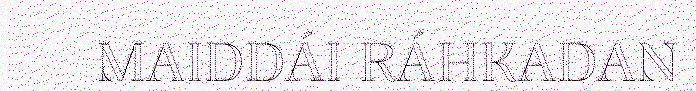
MAIDDÁI RÁHKADAN